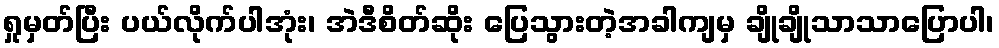
ရှုမှတ်ပြီး ပယ်လိုက်ပါအုံး၊ အဲဒီစိတ်ဆိုး ပြေသွားတဲ့အခါကျမှ ချိုချိုသာသာပြောပါ၊